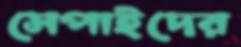
সেপাইদের